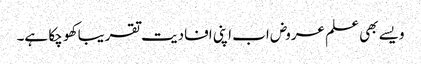
ویسے بھی علم عروض اب اپنی افادیت تقریبا کھو چکا ہے۔